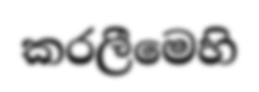
කරලීමෙහි